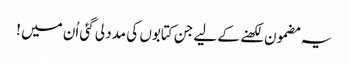
یہ مضمون لکھنے کے لیے جن کتابوں کی مدد لی گئی اُن میں !